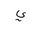
Letter: _ya